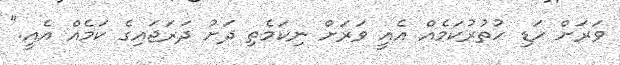
ވަރަށް ހަޑި ހުތުރުކަމެއް އެއީ ވަރަށް ނިކަމެތި ދަށު ދަރަޖައިގެ ކަމެއް އެއީ."